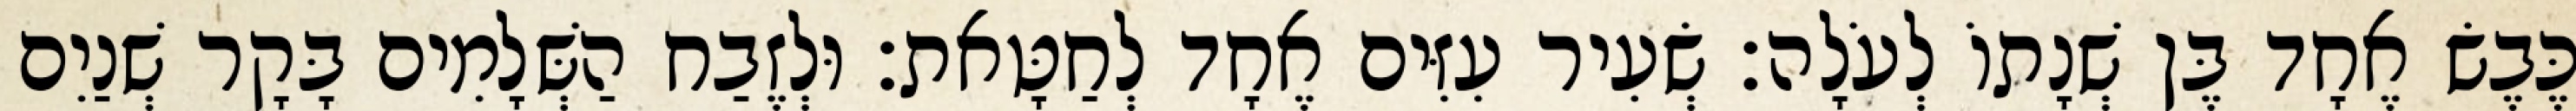
כֶּבֶשׂ אֶחָד בֶּן שְׁנָתוֹ לְעֹלָה׃ שְׂעִיר עִזִּים אֶחָד לְחַטָּאת׃ וּלְזֶבַח הַשְּׁלָמִים בָּקָר שְׁנַיִם